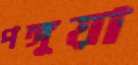
পঙ্গুয়া